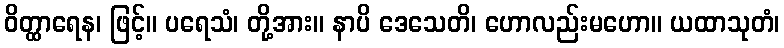
ဝိတ္ထာရေန၊ ဖြင့်။ ပရေသံ၊ တို့အား။ နာပိ ဒေသေတိ၊ ဟောလည်းမဟော။ ယထာသုတံ၊